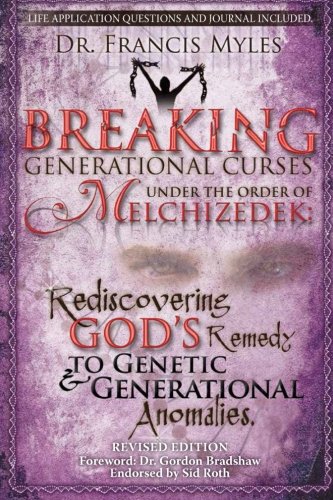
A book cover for Breaking Generational Curses Under the Order of Melchizedek: God's Remedy to Generational and Genetic Anomalies (The Order of Melchizedek Chronicles) (Volume 4); Dr Francis Myles; Religion & Spirituality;